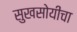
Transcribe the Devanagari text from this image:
सुखसोयींचा